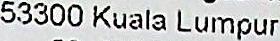
53300 KUALA LUMPUR